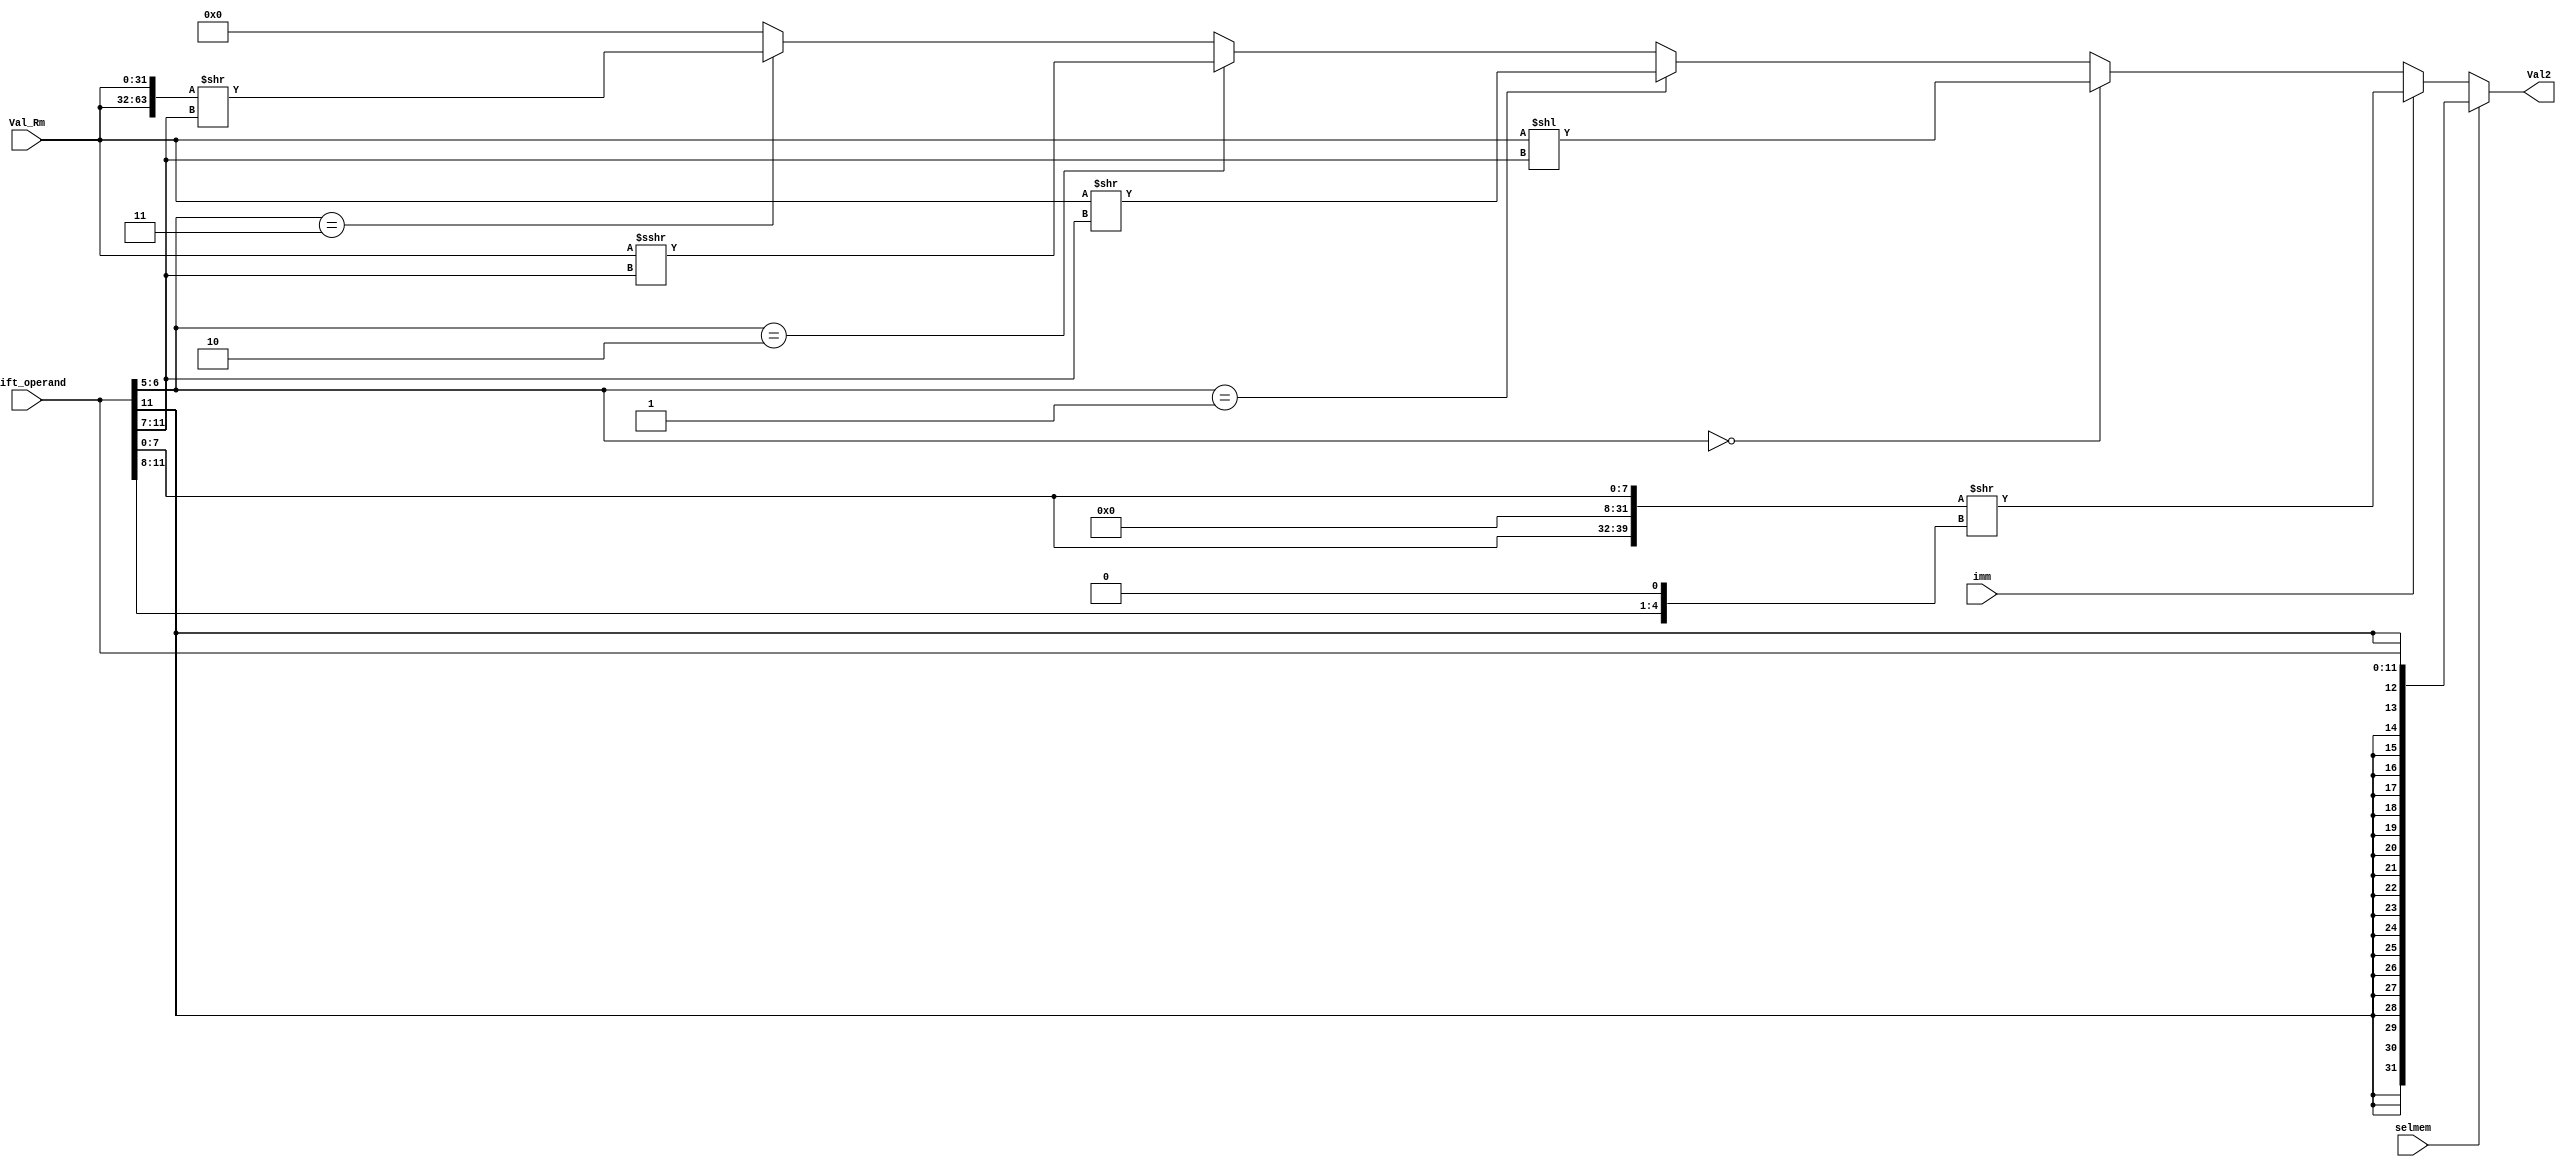
module Val2Gen(input [31:0] Val_Rm, input imm, input selmem, input [11:0] Shift_operand , output reg[31:0] Val2 );
    wire [4 : 0] shift_imm; 
    wire [1 : 0] shift;
    wire [4 : 0] rotate;
    wire [31 : 0] temp;
	 wire [63 : 0] rotate_temp;
	 wire [63 : 0] shift_temp;
    wire [7 : 0] immed_8;

    assign immed_8 = Shift_operand[7 : 0];
    assign shift = Shift_operand[6:5];
    assign shift_imm = Shift_operand[11:7];
    assign rotate = shift_imm[4 : 1] << 1;
	 assign rotate_temp = {{24{1'b0}},immed_8, {24{1'b0}},immed_8} >> rotate;
    assign shift_temp =  {Val_Rm, Val_Rm} >> shift_imm;


    always@(*)begin
        if(selmem) begin
            ///////////////////////////////CHECK_HERE///////////////////////////
            Val2 =  {{20{Shift_operand[11]}} ,Shift_operand};
            //Val2 = Shift_operand;
        end
        else if(imm) begin 
            Val2 = rotate_temp[31 : 0];
        end
        else begin
           Val2 = (shift == 2'b00) ? Val_Rm << shift_imm :
                            (shift == 2'b01) ? Val_Rm >> shift_imm:
                            (shift == 2'b10) ? Val_Rm >>> shift_imm :
                            (shift == 2'b11) ? shift_temp[31 : 0] : 32'b0;
        end

        /*case({selmem, imm})
            2'b00 : Val2 =  (shift == 2'b00) ? Val_Rm << shift_imm :
                            (shift == 2'b01) ? Val_Rm >> shift_imm:
                            (shift == 2'b10) ? Val_Rm >>> shift_imm :
                            (shift == 2'b11) ? shift_temp[31 : 0] : 32'b0;
            2'b01 : Val2 = rotate_temp[31 : 0];
            2'b10 : Val2 = Val_Rm;
            2'b11 : Val2 = Val_Rm;
				
        endcase
*/
    end
endmodule